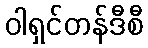
ဝါရှင်တန်ဒီစီ